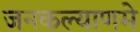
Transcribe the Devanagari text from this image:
जनकल्याणमे